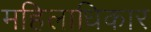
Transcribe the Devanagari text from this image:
महिलाधिकार